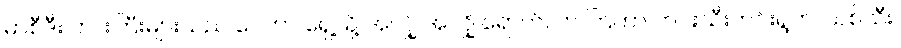
မာစီဒီး ကားကြီးများသည် ဂေဟာ ရှေ့သို့ အလျှို အလျှို ရောက်လာ ကြကာ ဟင်းသီးဟင်းရွက်၊ သစ်သီး၊